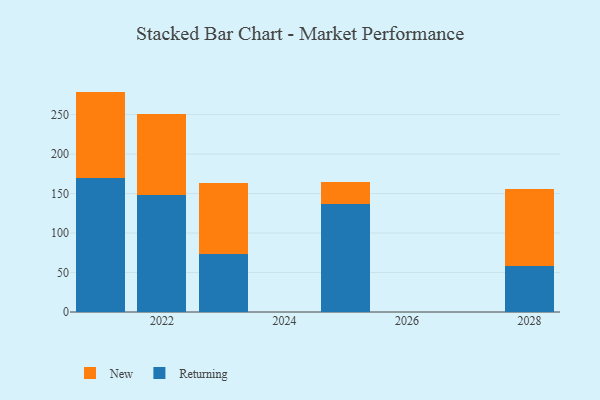
{"axis": {"x": "Year", "y": "Active Users"}, "legend": ["New", "Returning"], "data": [{"x": "2021", "y": 170.1, "type": "Returning"}, {"x": "2021", "y": 109.0, "type": "New"}, {"x": "2025", "y": 136.7, "type": "Returning"}, {"x": "2025", "y": 28.2, "type": "New"}, {"x": "2022", "y": 148.6, "type": "Returning"}, {"x": "2022", "y": 102.1, "type": "New"}, {"x": "2028", "y": 57.9, "type": "Returning"}, {"x": "2028", "y": 97.9, "type": "New"}, {"x": "2023", "y": 73.1, "type": "Returning"}, {"x": "2023", "y": 90.3, "type": "New"}]}